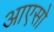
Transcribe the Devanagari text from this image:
आएसो